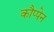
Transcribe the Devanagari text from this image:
कौप्पेन